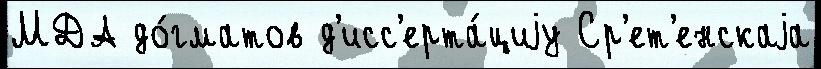
МДА до́гматов д'исс'ерта́циjу Ср'ет'енскаjа